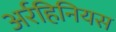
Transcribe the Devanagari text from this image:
अर्रहिनियस